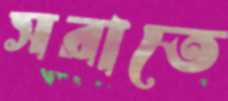
সরাতে